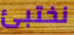
نختبئ